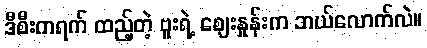
ဒီစီးကရက် ထည့်တဲ့ ဗူးရဲ့ ဈေးနှုန်းက ဘယ်လောက်လဲ။